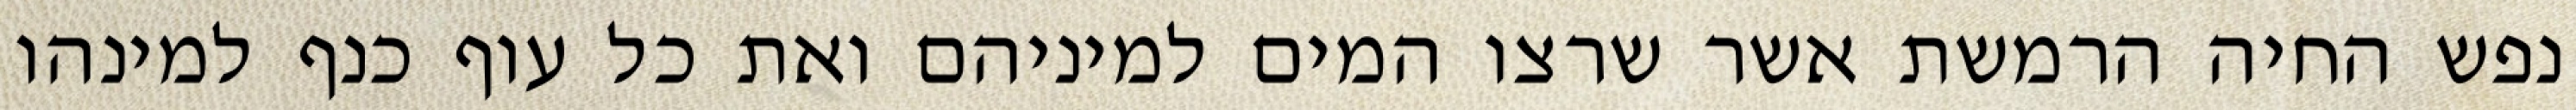
נפש החיה הרמשת אשר שרצו המים למיניהם ואת כל עוף כנף למינהו